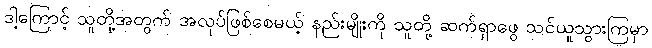
ဒါ့ကြောင့် သူတို့အတွက် အလုပ်ဖြစ်စေမယ့် နည်းမျိုးကို သူတို့ ဆက်ရှာဖွေ သင်ယူသွားကြမှာ